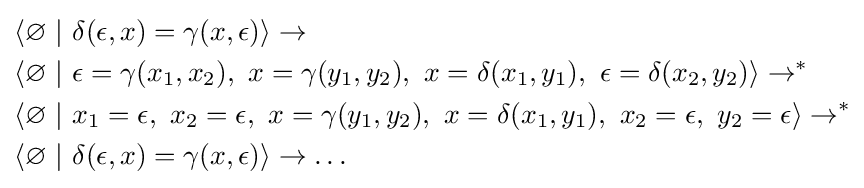
{\begin{aligned}&\langle \varnothing \ |\ \delta (\epsilon ,x)=\gamma (x,\epsilon )\rangle \rightarrow \\&\langle \varnothing \ |\ \epsilon =\gamma (x_{1},x_{2}),\ x=\gamma (y_{1},y_{2}),\ x=\delta (x_{1},y_{1}),\ \epsilon =\delta (x_{2},y_{2})\rangle \rightarrow ^{*}\\&\langle \varnothing \ |\ x_{1}=\epsilon ,\ x_{2}=\epsilon ,\ x=\gamma (y_{1},y_{2}),\ x=\delta (x_{1},y_{1}),\ x_{2}=\epsilon ,\ y_{2}=\epsilon \rangle \rightarrow ^{*}\\&\langle \varnothing \ |\ \delta (\epsilon ,x)=\gamma (x,\epsilon )\rangle \rightarrow \dots \end{aligned}}